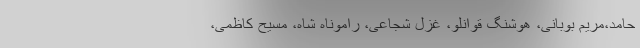
حامد،مریم بوبانی، هوشنگ قوانلو، غزل شجاعی، راموناه شاه، مسیح کاظمی،